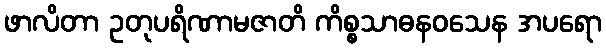
ဖာလိတာ ဥတုပရိဏာမဇာတိ ကိစ္စသာဓနဝသေန အပရော